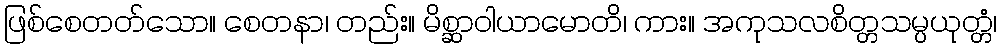
ဖြစ်စေတတ်သော။ စေတနာ၊ တည်း။ မိစ္ဆာဝါယာမောတိ၊ ကား။ အကုသလစိတ္တသမ္ပယုတ္တံ၊